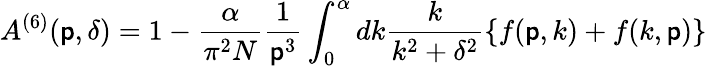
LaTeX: A^{(6)}(\mathsf{p},\delta)=1-\frac{{\alpha}}{{\pi^{2}N}}\frac{{1}}{{\mathsf{p}^{3}}}\int_{0}^{\alpha}dk\frac{{k}}{{k^{2}+\delta^{2}}}\{ f(\mathsf{p},k)+f(k,\mathsf{p})\}